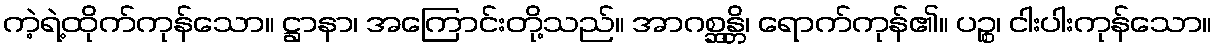
ကဲ့ရဲ့ထိုက်ကုန်သော။ ဋ္ဌာနာ၊ အကြောင်းတို့သည်။ အာဂစ္ဆန္တိ၊ ရောက်ကုန်၏။ ပဉ္စ၊ ငါးပါးကုန်သော။